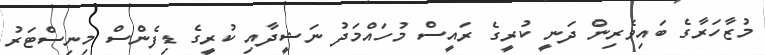
މުޒާހަރާގެ ބައިވެރިން ދަނީ ކުރީގެ ރައީސް މުހައްމަދު ނަޝީދާއި ކުރީގެ ޑިފެންސް މިނިސްޓަރު